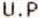
U.P